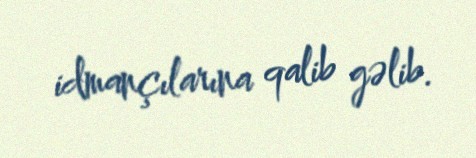
idmançılarına qalib gəlib.